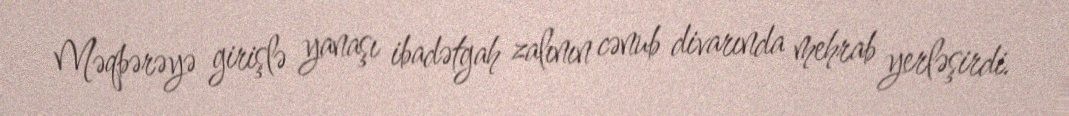
Məqbərəyə girişlə yanaşı ibadətgah zalının cənub divarında mehrab yerləşirdi.